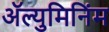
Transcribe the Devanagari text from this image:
ॲल्युमिनिंम